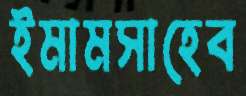
ইমামসাহেব